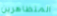
المتظاهرين